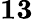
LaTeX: \mathbf{13}